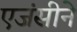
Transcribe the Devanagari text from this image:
एजंसीने